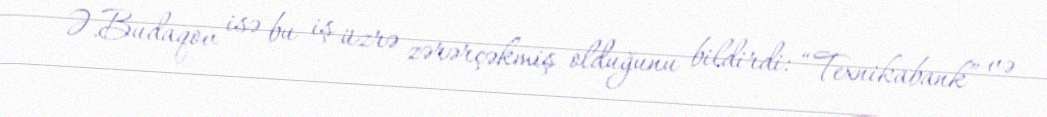
Ə.Budaqov isə bu iş üzrə zərərçəkmiş olduğunu bildirdi: “Texnikabank” və